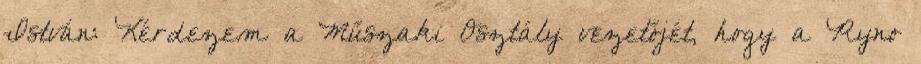
István: Kérdezem a Műszaki Osztály vezetőjét, hogy a Ryno